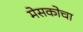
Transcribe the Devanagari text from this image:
मेसकोचा